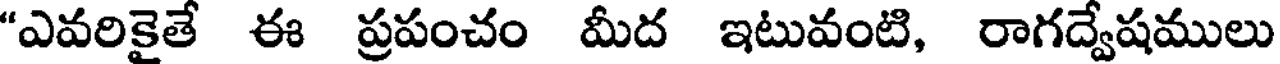
"ఎవరికైతే ఈ ప్రపంచం మీద ఇటువంటి, రాగద్వేషములు